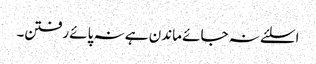
اسلئے نہ جائے ماندن ہے نہ پائے رفتن۔